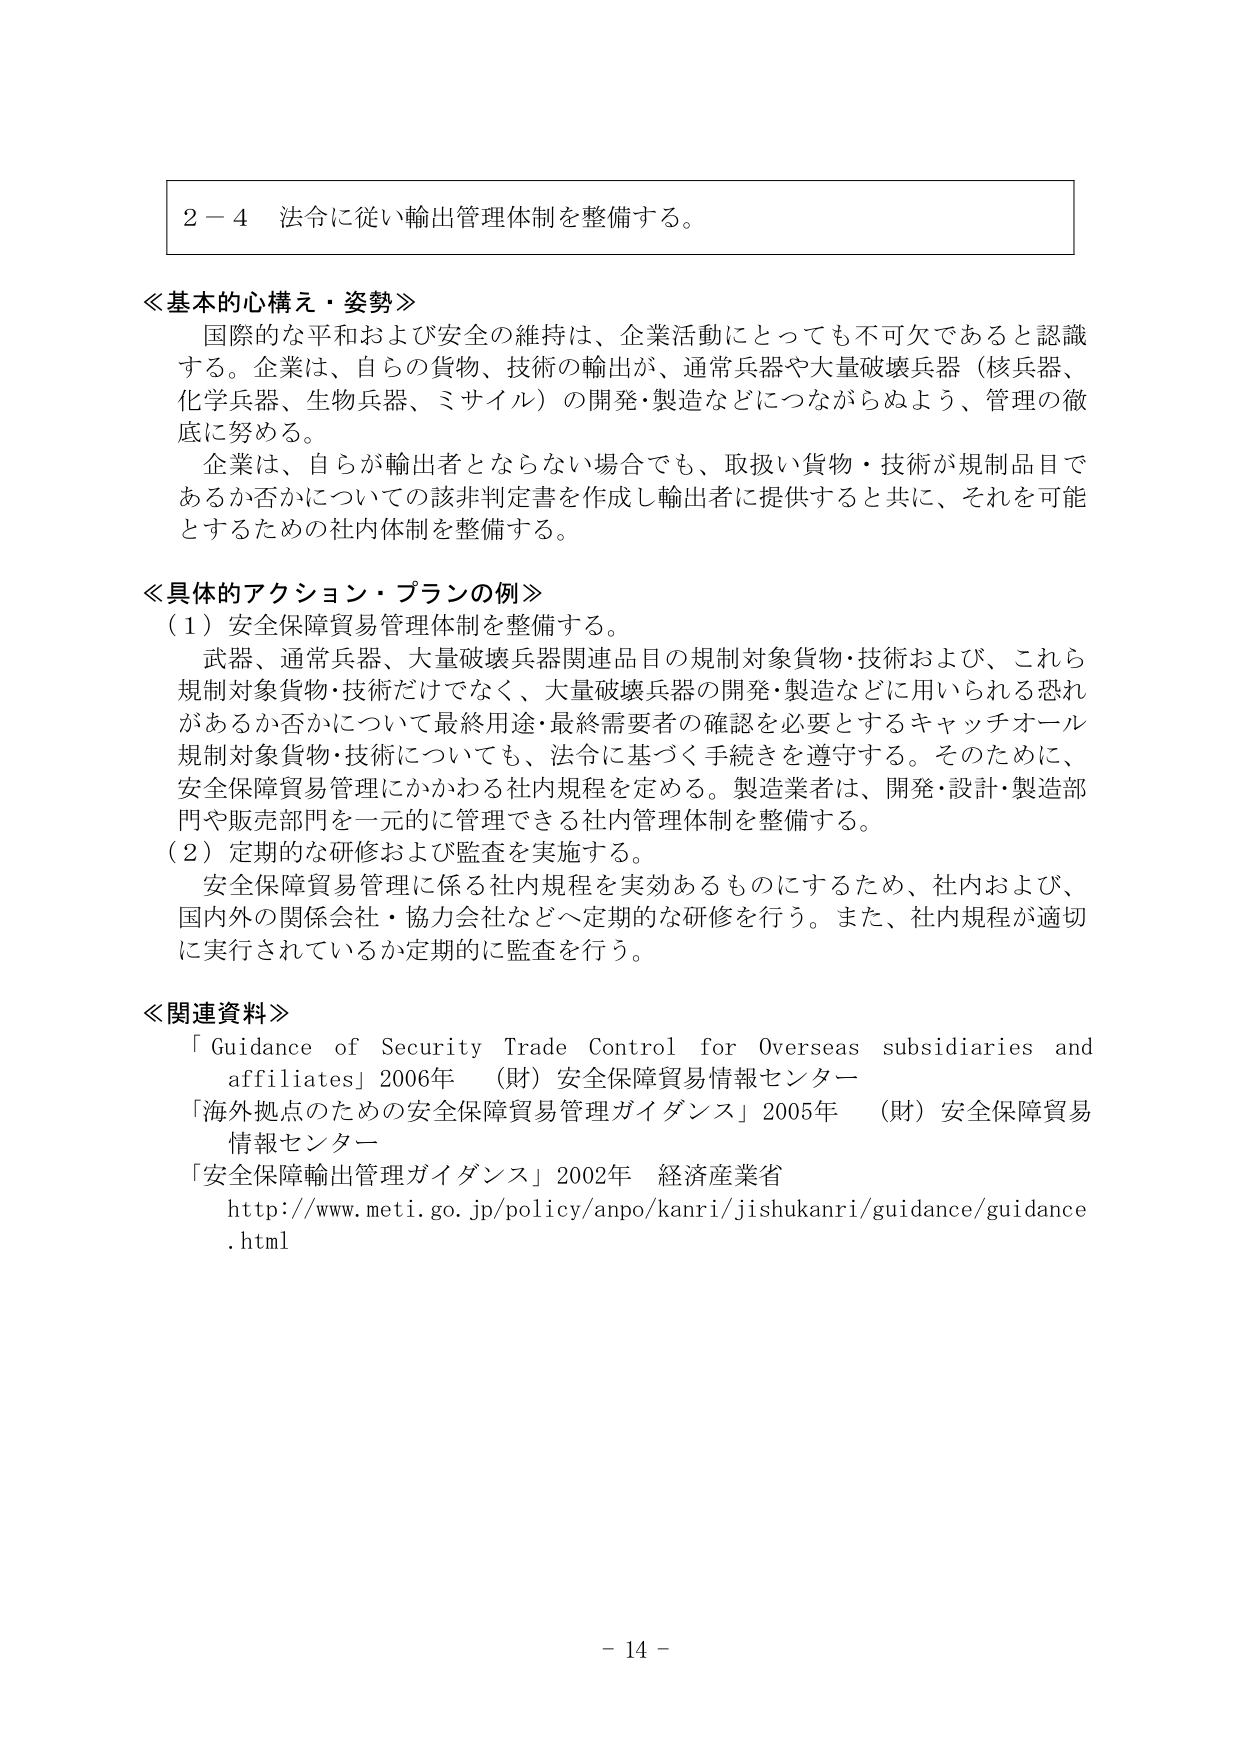
２－４ 法令に従い輸出管理体制を整備する。

≪基本的心構え・姿勢≫
国際的な平和および安全の維持は、企業活動にとっても不可欠であると認識する。企業は、自らの貨物、技術の輸出が、通常兵器や大量破壊兵器（核兵器、化学兵器、生物兵器、ミサイル）の開発・製造などにつながらぬよう、管理の徹底に努める。
企業は、自らが輸出者とならない場合でも、取扱い貨物・技術が規制品目であるか否かについての該非判定書を作成し輸出者に提供すると共に、それを可能とするための社内体制を整備する。

≪具体的アクション・プランの例≫
（１）安全保障貿易管理体制を整備する。
武器、通常兵器、大量破壊兵器関連品目の規制対象貨物・技術および、これら規制対象貨物・技術だけでなく、大量破壊兵器の開発・製造などに用いられる恐れがあるか否かについて最終用途・最終需要者の確認を必要とするキャッチオール規制対象貨物・技術についても、法令に基づく手続きを遵守する。そのためには、安全保障貿易管理にかかわる社内規程を定める。製造業者は、開発・設計・製造部門や販売部門を一元的に管理できる社内管理体制を整備する。
（２）定期的な研修および監査を実施する。
安全保障貿易管理に係る社内規程を実効あるものにするため、社内および、国内外の関係会社・協力会社などへ定期的な研修を行う。また、社内規程が適切に実行されているか定期的に監査を行う。

≪関連資料≫
「Guidance of Security Trade Control for Overseas subsidiaries and affiliates」2006年 （財）安全保障貿易情報センター
「海外拠点のための安全保障貿易管理ガイダンス」2005年 （財）安全保障貿易情報センター
「安全保障輸出管理ガイダンス」2002年 経済産業省
http://www.meti.go.jp/policy/anpo/kanri/jishukanri/guidance/guidance.html

－ 14 －